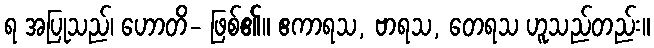
ရ အပြုသည်၊ ဟောတိ- ဖြစ်၏။ ဧကာရသ, ဗာရသ, တေရသ ဟူသည်တည်း။